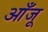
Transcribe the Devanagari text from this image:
आँजू